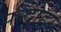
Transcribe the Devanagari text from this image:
पन्दोहर